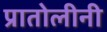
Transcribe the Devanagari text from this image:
प्रातोलीनी